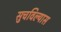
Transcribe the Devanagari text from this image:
सुचविल्यास